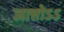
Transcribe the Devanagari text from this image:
जात्तोऽऽ